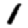
Digit: 1